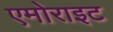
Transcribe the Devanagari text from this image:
एमोराइट